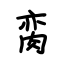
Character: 脔